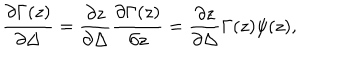
{ \frac { \partial \Gamma ( z ) } { \partial \Delta } } = { \frac { \partial z } { \partial \Delta } } { \frac { \partial \Gamma ( z ) } { \partial z } } = { \frac { \partial z } { \partial \Delta } } \Gamma ( z ) \psi ( z ) ,